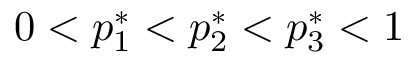
0 < p _ { 1 } ^ { * } < p _ { 2 } ^ { * } < p _ { 3 } ^ { * } < 1